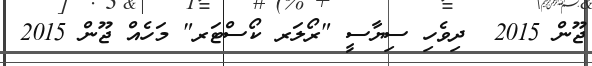
ޖޫން 2015  ދިވެހި ސިޔާސީ "ރޯލަރ ކޯސްޓަރ" މަހެއް ޖޫން 2015